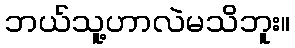
ဘယ်သူ့ဟာလဲမသိဘူး။